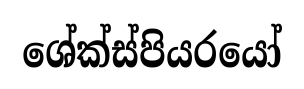
ශේක්ස්පියරයෝ